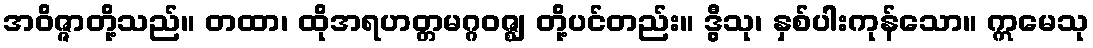
အဝိဇ္ဇာတို့သည်။ တထာ၊ ထိုအရဟတ္တမဂ္ဂဝဇ္ဈ တို့ပင်တည်း။ ဒွီသု၊ နှစ်ပါးကုန်သော။ ဣမေသု